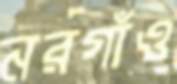
নরগাঁও